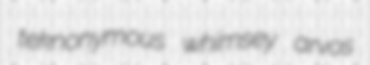
teknonymous whimsey arvos